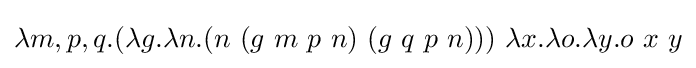
\lambda m,p,q.(\lambda g.\lambda n.(n\ (g\ m\ p\ n)\ (g\ q\ p\ n)))\ \lambda x.\lambda o.\lambda y.o\ x\ y